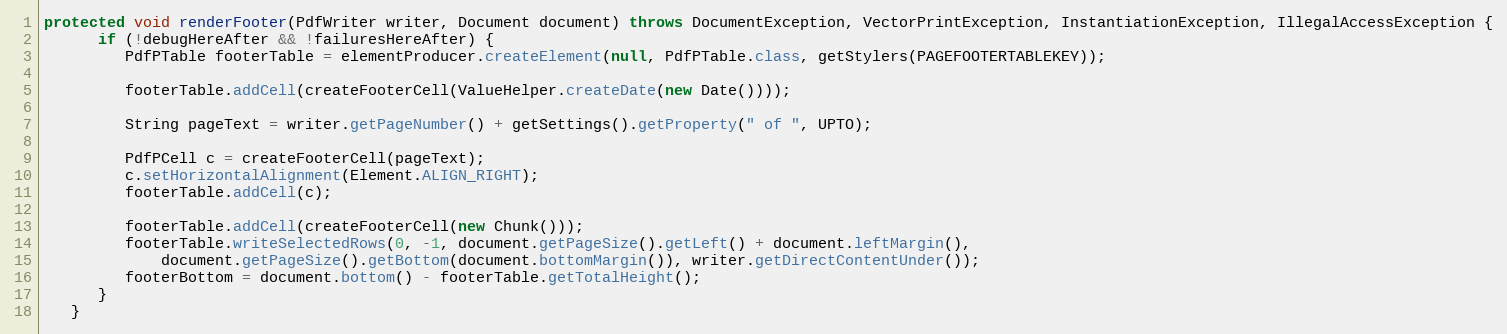
Language: Java
protected void renderFooter(PdfWriter writer, Document document) throws DocumentException, VectorPrintException, InstantiationException, IllegalAccessException {
      if (!debugHereAfter && !failuresHereAfter) {
         PdfPTable footerTable = elementProducer.createElement(null, PdfPTable.class, getStylers(PAGEFOOTERTABLEKEY));

         footerTable.addCell(createFooterCell(ValueHelper.createDate(new Date())));

         String pageText = writer.getPageNumber() + getSettings().getProperty(" of ", UPTO);

         PdfPCell c = createFooterCell(pageText);
         c.setHorizontalAlignment(Element.ALIGN_RIGHT);
         footerTable.addCell(c);

         footerTable.addCell(createFooterCell(new Chunk()));
         footerTable.writeSelectedRows(0, -1, document.getPageSize().getLeft() + document.leftMargin(),
             document.getPageSize().getBottom(document.bottomMargin()), writer.getDirectContentUnder());
         footerBottom = document.bottom() - footerTable.getTotalHeight();
      }
   }